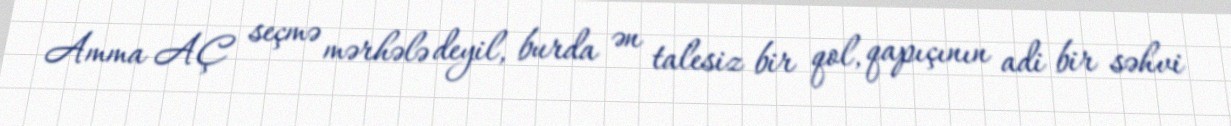
Amma AÇ seçmə mərhələ deyil, burda ən talesiz bir qol, qapıçının adi bir səhvi